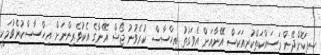
ސިފަކޮށްދޭން މަސައްކަތްކުރިއަކަސް އޭނާއަށް އެވަގުތު އިހްސާސް ކުރެވުނު ޖޯޝް އޭނާގެ އެކުވެރިންނަށް އިހްސާސްކުރެވުމަކީ